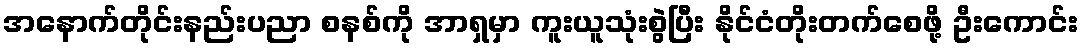
အနောက်တိုင်းနည်းပညာ စနစ်ကို အာရှမှာ ကူးယူသုံးစွဲပြီး နိုင်ငံတိုးတက်စေဖို့ ဦးကောင်း